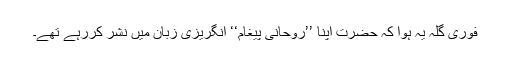
فوری گلہ یہ ہوا کہ حضرت اپنا ’’روحانی پیغام‘‘ انگریزی زبان میں نشر کررہے تھے۔